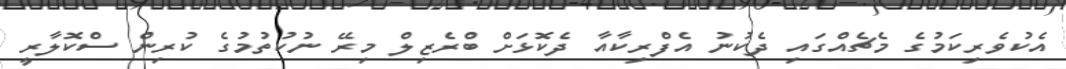
އެކުވެރިކަމުގެ މެޗެއްގައި ދެކުނު އެފްރިކާއާ ދެކޮޅަށް ބްރެޒިލް މިރޭ ނުކުތުމުގެ ކުރިން ސްކޮލާރީ